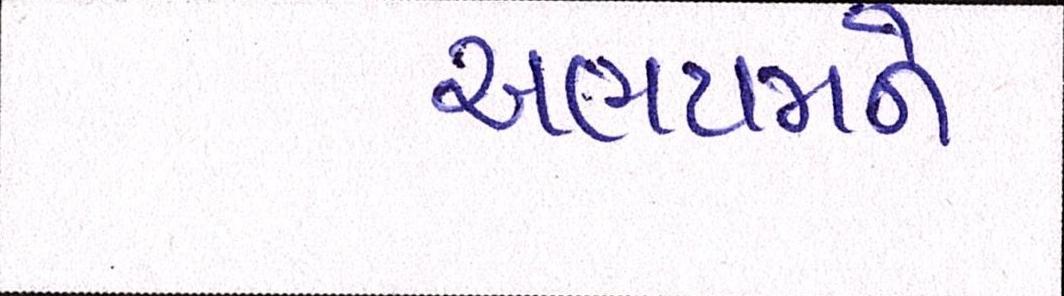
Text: અભયમને